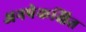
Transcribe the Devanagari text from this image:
अनपेकक्षित